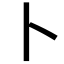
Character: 卜